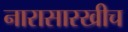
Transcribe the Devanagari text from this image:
नारासारखीच